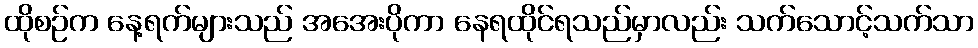
ထိုစဉ်က နေ့ရက်များသည် အအေးပိုကာ နေရထိုင်ရသည်မှာလည်း သက်သောင့်သက်သာ